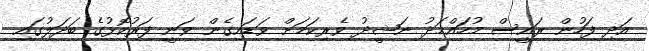
އަދި ފަހުން ރައީސް މުހައްމަދު ނަޝީދު ވެރިކަމަށް ވަޑައިގެން ވަނީ ފަރުކޮޅުގެ ބަދަލުގައި